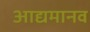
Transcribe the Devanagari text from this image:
आद्यमानव